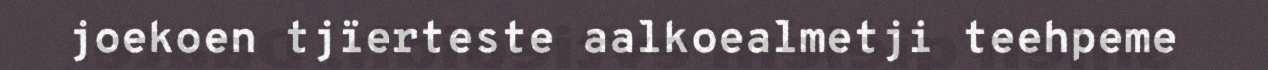
joekoen tjïerteste aalkoealmetji teehpeme